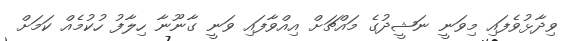
ވިދާޅުވެފައި މިވަނީ ނަޝީދުގެ މައްޗަށް އިއްވާފައި ވަނީ ގާނޫނާ ހިލާފު ހުކުމެއް ކަމަށް